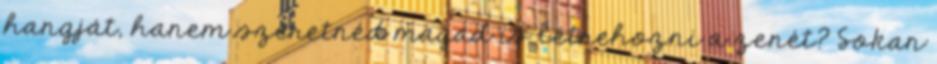
hangját, hanem szeretnéd magad is létrehozni a zenét? Sokan